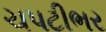
ચપટીભર